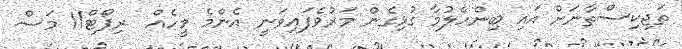
ތަޖިކިސްތާނަށް އައި ބިންހެލުމާ ގުޅިގެން މަރުވެފައިވަނީ އެންމެ މީހެއް  ރިޕޯޓް11 މަސް